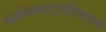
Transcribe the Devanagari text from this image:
संशोधनपद्धतिशास्त्र